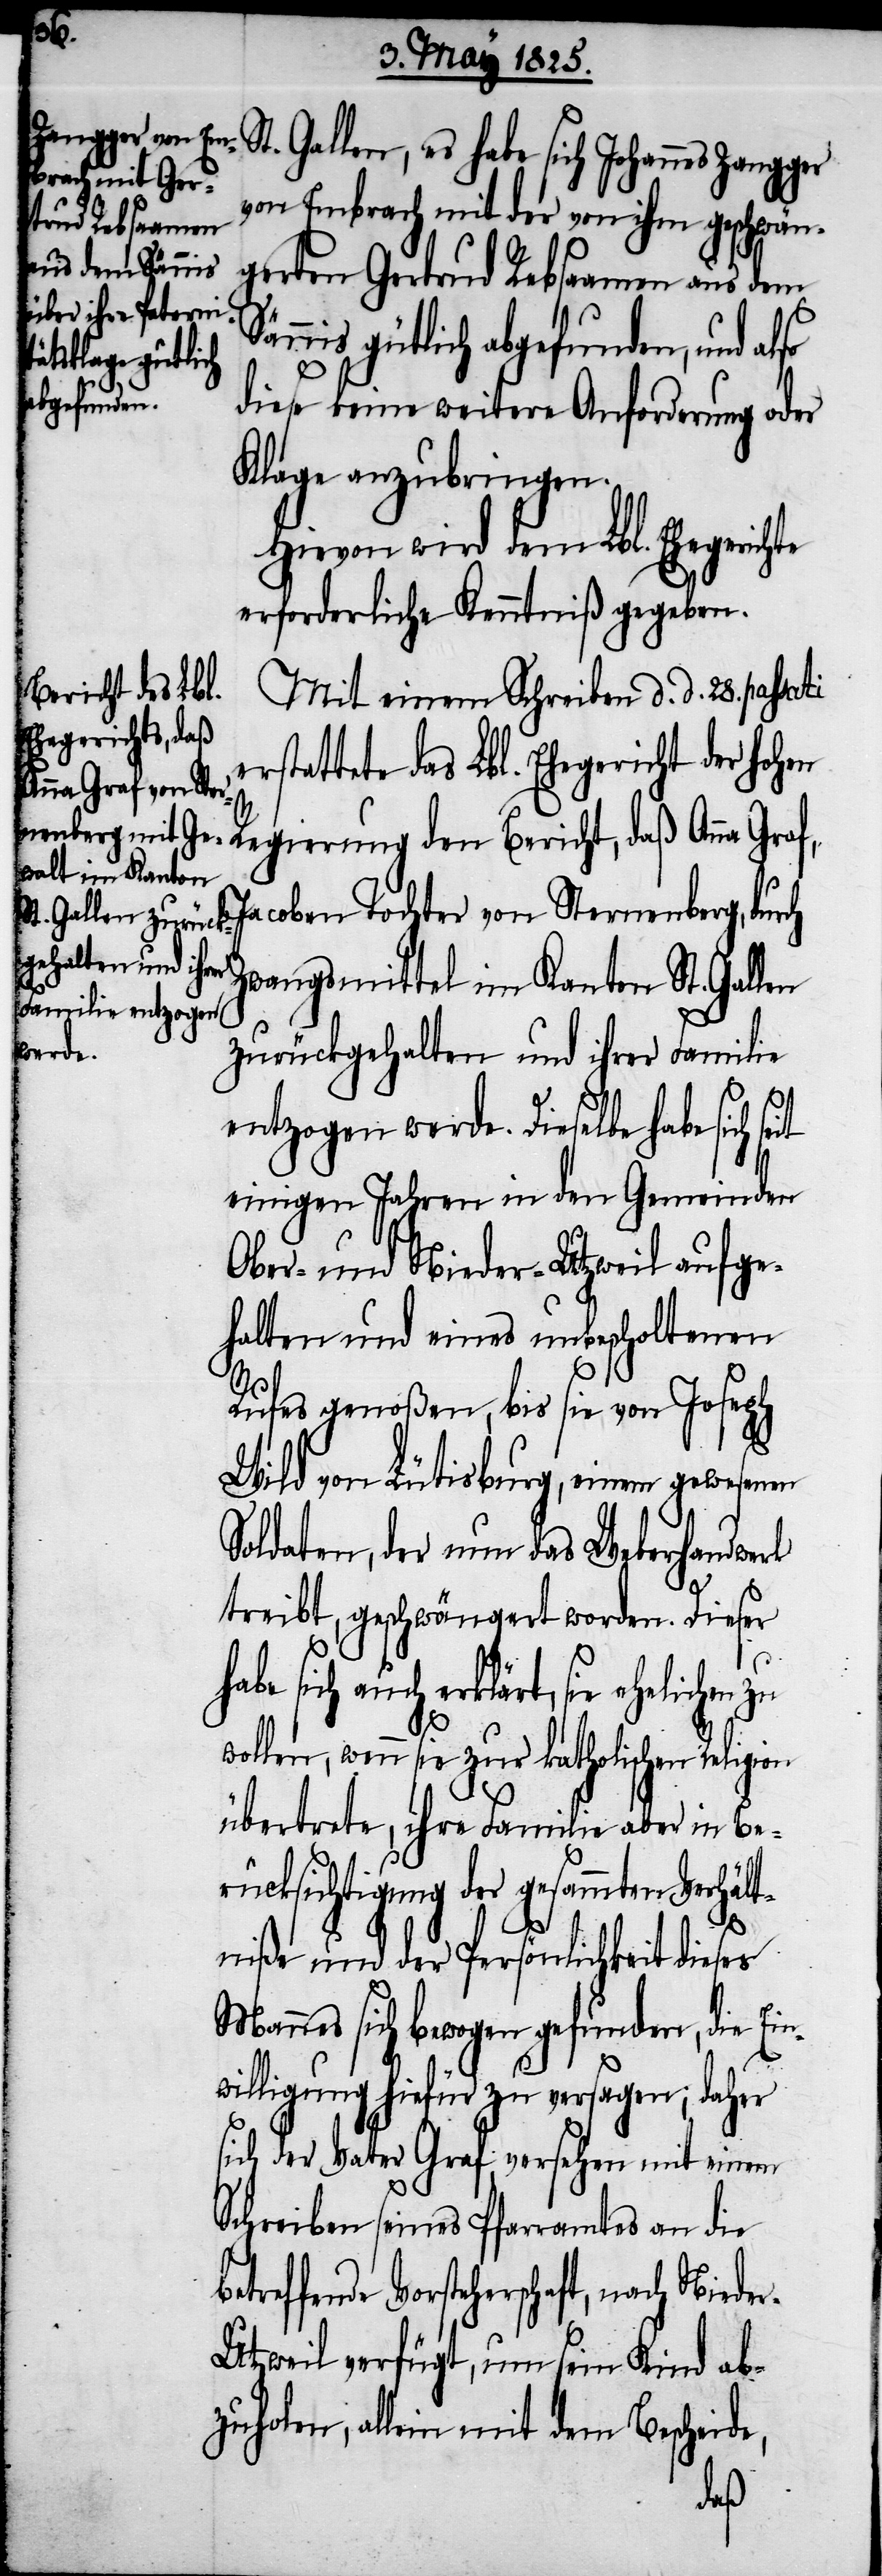
e¬
t. Gallen, es habe sich Johannes Zangger
von Embrach mit der von ihm geschwän¬
gerten Gertrud Rebsaamen aus dem
Sännis gütlich
abgefunden,
diese keine weitere Anforderung oder
Klage anzubringen.
Hievon wird dem Lbl. Ehegerich¬
erforderliche Kenntniß gegeben.
Mit einem Schreiben d. d. 28. passati
rstattete das Lbl. Ehegericht der hohen
Regierung den Bericht, daß Anna Graf,
Jacoben Tochter von Sternenberg, durch
Zwangsmittel im Kanton St. Gallen
zurückgehalten und ihrer Familie
entzogen werde. Dieselbe habe sich
einigen Jahren in den Gemeinden
Ober- und Nieder-Utzwil aufge¬
halten und eines unbescholtenen
Rufes genoßen, bis sie von Joseph
Wild von Lütisburg, einem gewesenen
Soldaten, der nun das Weberhandwerk
treibt, geschwängert worden. Dieser
habe sich auch erklärt, sie ehelichen
wollen, wenn sie zur katholischen Religion
übertrete, ihre Familie aber in Be¬
rücksichtigung der gesammten Verhält¬
niße und der Persönlichkeit dieses
Mannes sich bewogen gefunden, die Ein¬
willigung hiefür zu versagen; daher
sich der Vater Graf versehen mit einem
Schreiben seines Pfarramtes an die
Vorsteherschaft, nach Niede¬
r-Utzwil verfügt, um sein Kind ab¬
zuholen, allein mit dem Beschei¬
de,